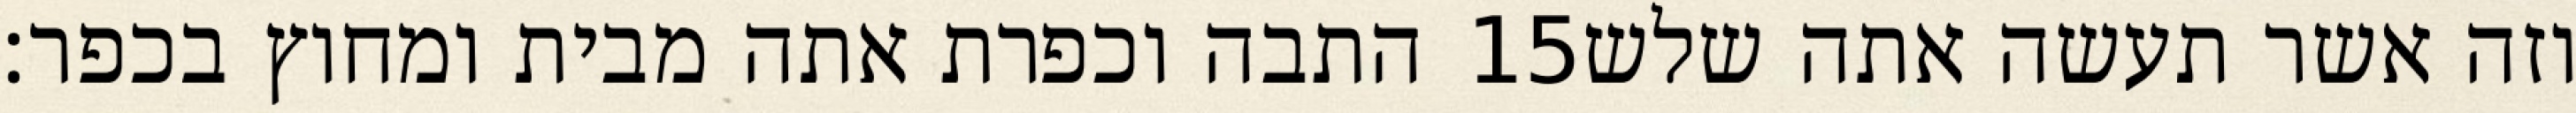
התבה וכפרת אתה מבית ומחוץ בכפר׃ ‎15‏ וזה אשר תעשה אתה שלש